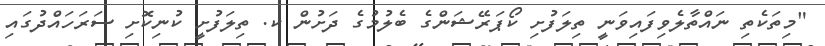
"މިތަކެތި ނައްތާލެވިފައިވަނީ ތިލަފުށި ކޯޕަރޭޝަންގެ ބެލުމުގެ ދަށުން ކ. ތިލަފުށީ ކުނިކޮށި ސަރަހައްދުގައި